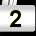
Digit: 2